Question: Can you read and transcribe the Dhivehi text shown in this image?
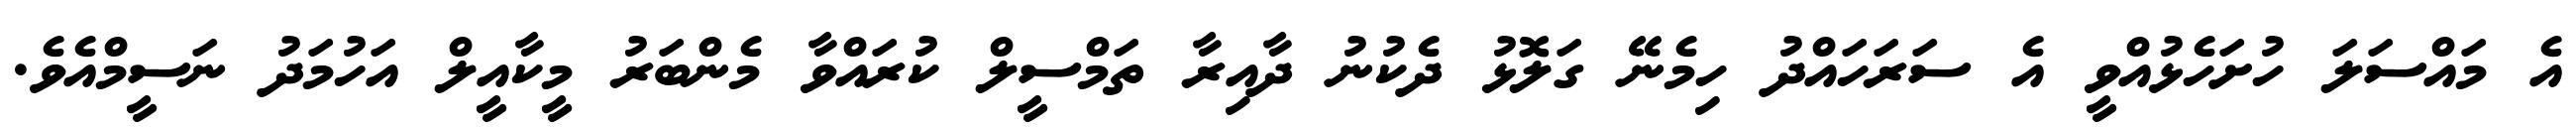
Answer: އެ މައްސަލަ ހުށަހެޅުއްވީ އެ ސަރަހައްދު ހިމެނޭ ގަލޮޅު ދެކުނު ދާއިރާ ތަމްސީލް ކުރައްވާ މެންބަރު މީކާއީލް އަހުމަދު ނަސީމްއެވެ.